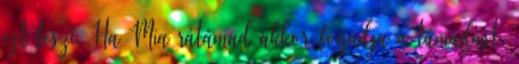
ezt teszi. Ha Mia rátámad akkor fogadja a támadást,